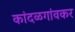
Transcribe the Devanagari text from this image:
कांदळगांवकर